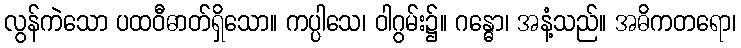
လွန်ကဲသော ပထဝီဓာတ်ရှိသော။ ကပ္ပါသေ၊ ဝါဂွမ်း၌။ ဂန္ဓော၊ အနံ့သည်။ အဓိကတရော၊